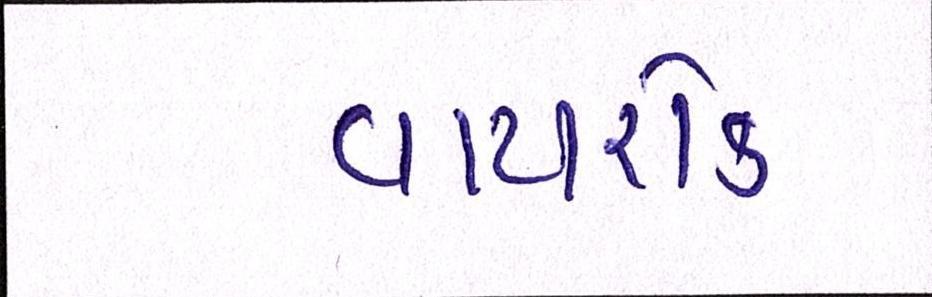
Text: વાયરોક